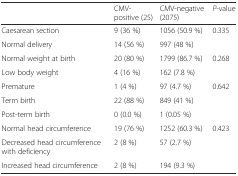
|  | CMV-positive (25) | CMV-negative (2075) | P-value |
 | --- | --- | --- | --- |
 | Caesarean section | 9 (36 %) | 1056 (50.9 %) | 0.335 |
 | Normal delivery | 14 (56 %) | 997 (48 %) |  |
 | Normal weight at birth | 20 (80 %) | 1799 (86.7 %) | 0.268 |
 | Low body weight | 4 (16 %) | 162 (7.8 %) |  |
 | Premature | 1 (4 %) | 97 (4.7 %) | 0.642 |
 | Term birth | 22 (88 %) | 849 (41 %) |  |
 | Post-term birth | 0 (0.0 %) | 1 (0.05 %) |  |
 | Normal head circumference | 19 (76 %) | 1252 (60.3 %) | 0.423 |
 | Decreased head circumference with deficiency | 2 (8 %) | 57 (2.7 %) |  |
 | Increased head circumference | 2 (8 %) | 194 (9.3 %) |  |